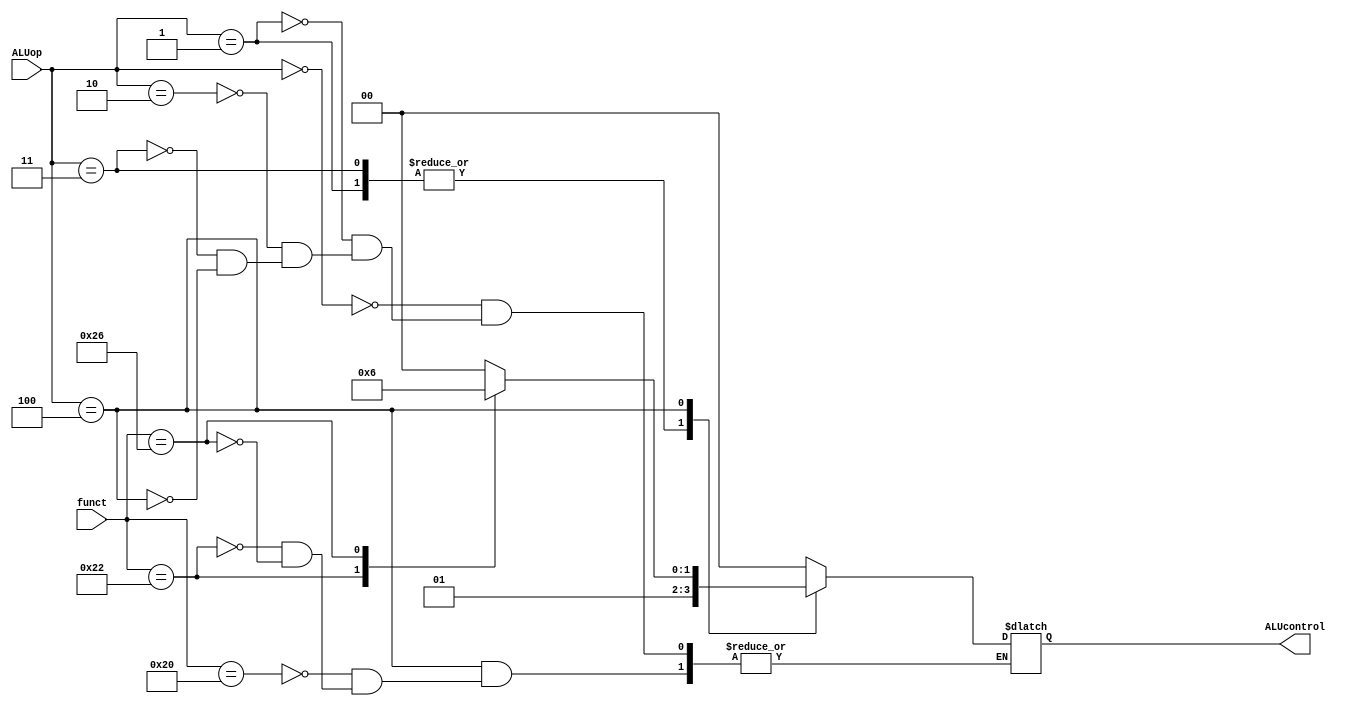
// async control to generate ALU input signal
// input: 3-bit ALUOp control signal from Control Unit and 6-bit funct field from instruction
// output: 4-bit ALU control input
module ALUControl(ALUcontrol,ALUop,funct);
	input[2:0] ALUop;
	input[5:0] funct;
	output reg [1:0] ALUcontrol;
	
	//lw, sw require add
	//branch requires sub for comparison 
	//addi, subi require add and sub respectively
	always @(ALUop, funct) begin
		case(ALUop)
			3'b000: ALUcontrol <= 0; //lw,sw: add 
			3'b001: ALUcontrol <= 1; //beq: subtract 
			3'b010: ALUcontrol <= 0; //addi: add
			3'b011: ALUcontrol <= 1; //subi: add
			
			3'b100:  begin
						case(funct)
							6'b10_0000: ALUcontrol <= 0; //add
							6'b10_0010: ALUcontrol <= 1; //sub
							6'b10_0110: ALUcontrol <= 2; //xor
						endcase
					end
		endcase
	end
endmodule

// Verilog code for JR control unit
module JR_Control( input[2:0] alu_op,
       input [5:0] funct,
       output JRControl
    );
	
	assign JRControl = (alu_op==0) && (funct==8) ? 1'b1 : 1'b0;
endmodule